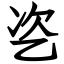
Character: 乲